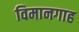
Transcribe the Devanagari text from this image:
विमानगाह